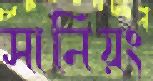
সানিয়ং